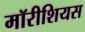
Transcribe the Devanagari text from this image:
मॉरीशियस